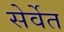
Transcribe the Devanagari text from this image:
सेर्वेत